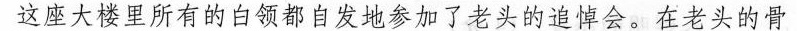
这座大楼里所有的白领都自发地参加了老头的追悼会。在老头的骨